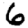
Digit: 6